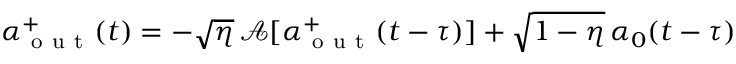
\alpha _ { \mathrm { ~ o ~ u ~ t ~ } } ^ { + } ( t ) = - \sqrt { \eta } \, \mathcal { A } [ \alpha _ { \mathrm { ~ o ~ u ~ t ~ } } ^ { + } ( t - \tau ) ] + \sqrt { 1 - \eta } \, \alpha _ { 0 } ( t - \tau )